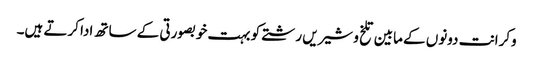
وکرانت دونوں کے مابین تلخ و شیریں رشتے کو بہت خوبصورتی کے ساتھ ادا کرتے ہیں۔